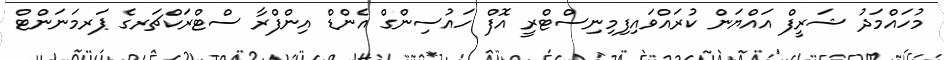
މުހައްމަދު ޝަރީފް އައްޔަން ކުރައްވައިފިމިނިސްޓްރީ އޮފް ހައުސިންގް އެންޑް އިންފްރާ ސްޓްރަކްޗަރގެ ޕަރމަނަންޓް